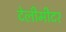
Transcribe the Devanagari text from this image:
टेलीमीटर